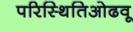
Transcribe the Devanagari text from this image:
परिस्थितिओढवू